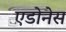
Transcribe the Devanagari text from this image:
एडोनेस